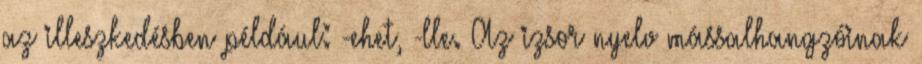
az illeszkedésben például: -ehet, -lle. Az izsor nyelv mássalhangzóinak